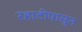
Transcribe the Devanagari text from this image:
रहाटीपासून